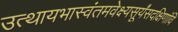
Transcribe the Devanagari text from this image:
उत्थायभास्वंतमवेक्ष्यसूर्यंसदक्षिणांवि